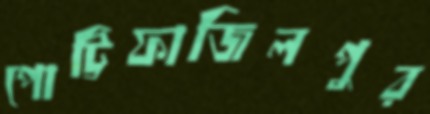
পোট্টিফাজিলপুর